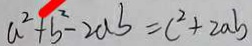
a ^ { 2 } + b ^ { 2 } - 2 a b = c ^ { 2 } + 2 a b